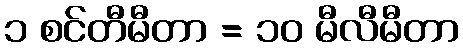
၁ စင်တီမီတာ = ၁၀ မီလီမီတာ